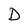
Character: D